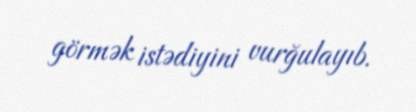
görmək istədiyini vurğulayıb.